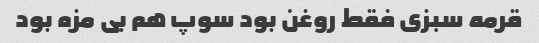
قرمه سبزی فقط روغن بود سوپ هم بی مزه بود